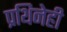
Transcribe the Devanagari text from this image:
प्रथिनेही